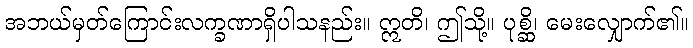
အဘယ်မှတ်ကြောင်းလက္ခဏာရှိပါသနည်း။ ဣတိ၊ ဤသို့။ ပုစ္ဆိ၊ မေးလျှောက်၏။